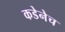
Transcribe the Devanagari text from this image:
कडेनेच